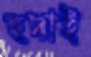
হদাই